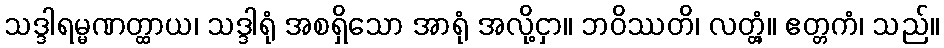
သဒ္ဒါရမ္မဏတ္ထာယ၊ သဒ္ဒါရုံ အစရှိသော အာရုံ အလို့ငှာ။ ဘဝိဿတိ၊ လတ္တံ့။ ဧတ္တကံ၊ သည်။